Scientific memoirs by medical officers of the Army of India - Part III,
Year: 1887
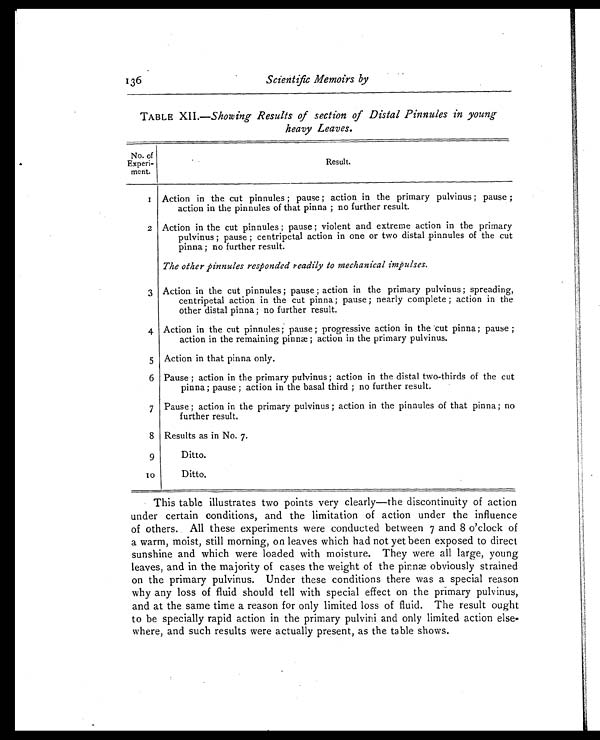
136 Scientific Memoirs by
TABLE XII.—Showing Results of section of Distal Pinnules in young
heavy Leaves.
No. of
Experi-
ment.
Result.
1 Action in the cut pinnules ; pause ; action in the primary pulvinus ; pause ;
action in the pinnules of that pinna ; no further result.
2 Action in the cut pinnules ; pause ; violent and extreme action in the primary
pulvinus ; pause ; centripetal action in one or two distal .pinnules of the cut
pinna ; no further result.
The other pinnules responded readily to mechanical impulses.
3 Action in the cut pinnules ; pause ; action in the primary pulvinus ; spreading,
centripetal action in the cut pinna ; pause ; nearly complete ; action in the
other distal pinna ; no further result.
4 Action in the cut pinnules ; pause ; progressive action in the 'cut pinna; pause ;
action in the remaining pinnæ ; action in the primary pulvinus.
5 Action in that pinna only.
6 Pause ; action in the primary pulvinus; action in the distal two-thirds of the cut
pinna ; pause ; action in the basal third ; no further result.
7 Pause ; action in the primary pulvinus ; action in the pinnules of that pinna ; no
further result.
8 Results as in No. 7.
9
Ditto.
to
Ditto.
This table illustrates two points very clearly—the discontinuity of action
under certain conditions, and the limitation of action under the influence
of others. All these experiments were conducted between 7 and 8 o'clock of
a warm, moist, still morning, on leaves which had not yet been exposed to direct
sunshine and which were loaded with moisture. They were all large, young
leaves, and in the majority of cases the weight of the pinnæ obviously strained
on the primary pulvinus. Under these conditions there was a special reason
why any loss of fluid should tell with special effect on the primary pulvinus,
and at the same time a reason for only limited loss of fluid. The result ought
to be specially rapid action in the primary pulvini and only limited action else-
where, and such results were actually present, as the table shows.